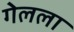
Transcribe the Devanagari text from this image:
गेलला